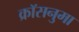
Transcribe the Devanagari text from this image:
क्रॉसनुमा